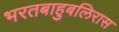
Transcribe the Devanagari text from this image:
भरतबाहुबलिरास